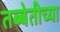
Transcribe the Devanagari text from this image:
तब्बेतीच्या